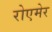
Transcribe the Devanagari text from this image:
रोएमेर